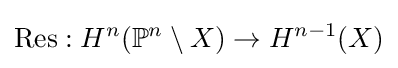
{\text{Res}}:H^{n}(\mathbb {P} ^{n}\setminus X)\to H^{n-1}(X)